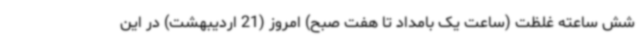
شش ساعته غلظت (ساعت یک بامداد تا هفت صبح) امروز (21 اردیبهشت) در این